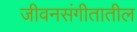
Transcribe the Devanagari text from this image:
जीवनसंगीतातील